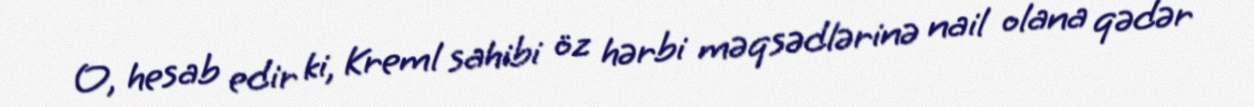
O, hesab edir ki, Kreml sahibi öz hərbi məqsədlərinə nail olana qədər